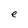
Character: e